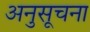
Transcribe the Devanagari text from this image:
अनुसूचना